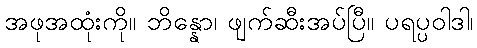
အဖုအထုံးကို။ ဘိန္နော၊ ဖျက်ဆီးအပ်ပြီ။ ပရပ္ပဝါဒါ၊